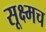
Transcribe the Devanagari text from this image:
सूक्ष्मच